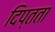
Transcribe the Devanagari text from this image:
दिप्तता